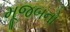
મૂજબનો